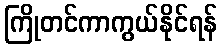
ကြိုတင်ကာကွယ်နိုင်ရန်